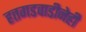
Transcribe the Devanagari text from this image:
हतगडवाडीनेही